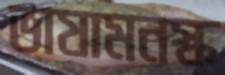
ভাষামনস্ক